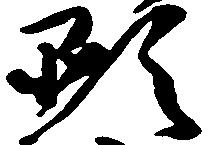
顕